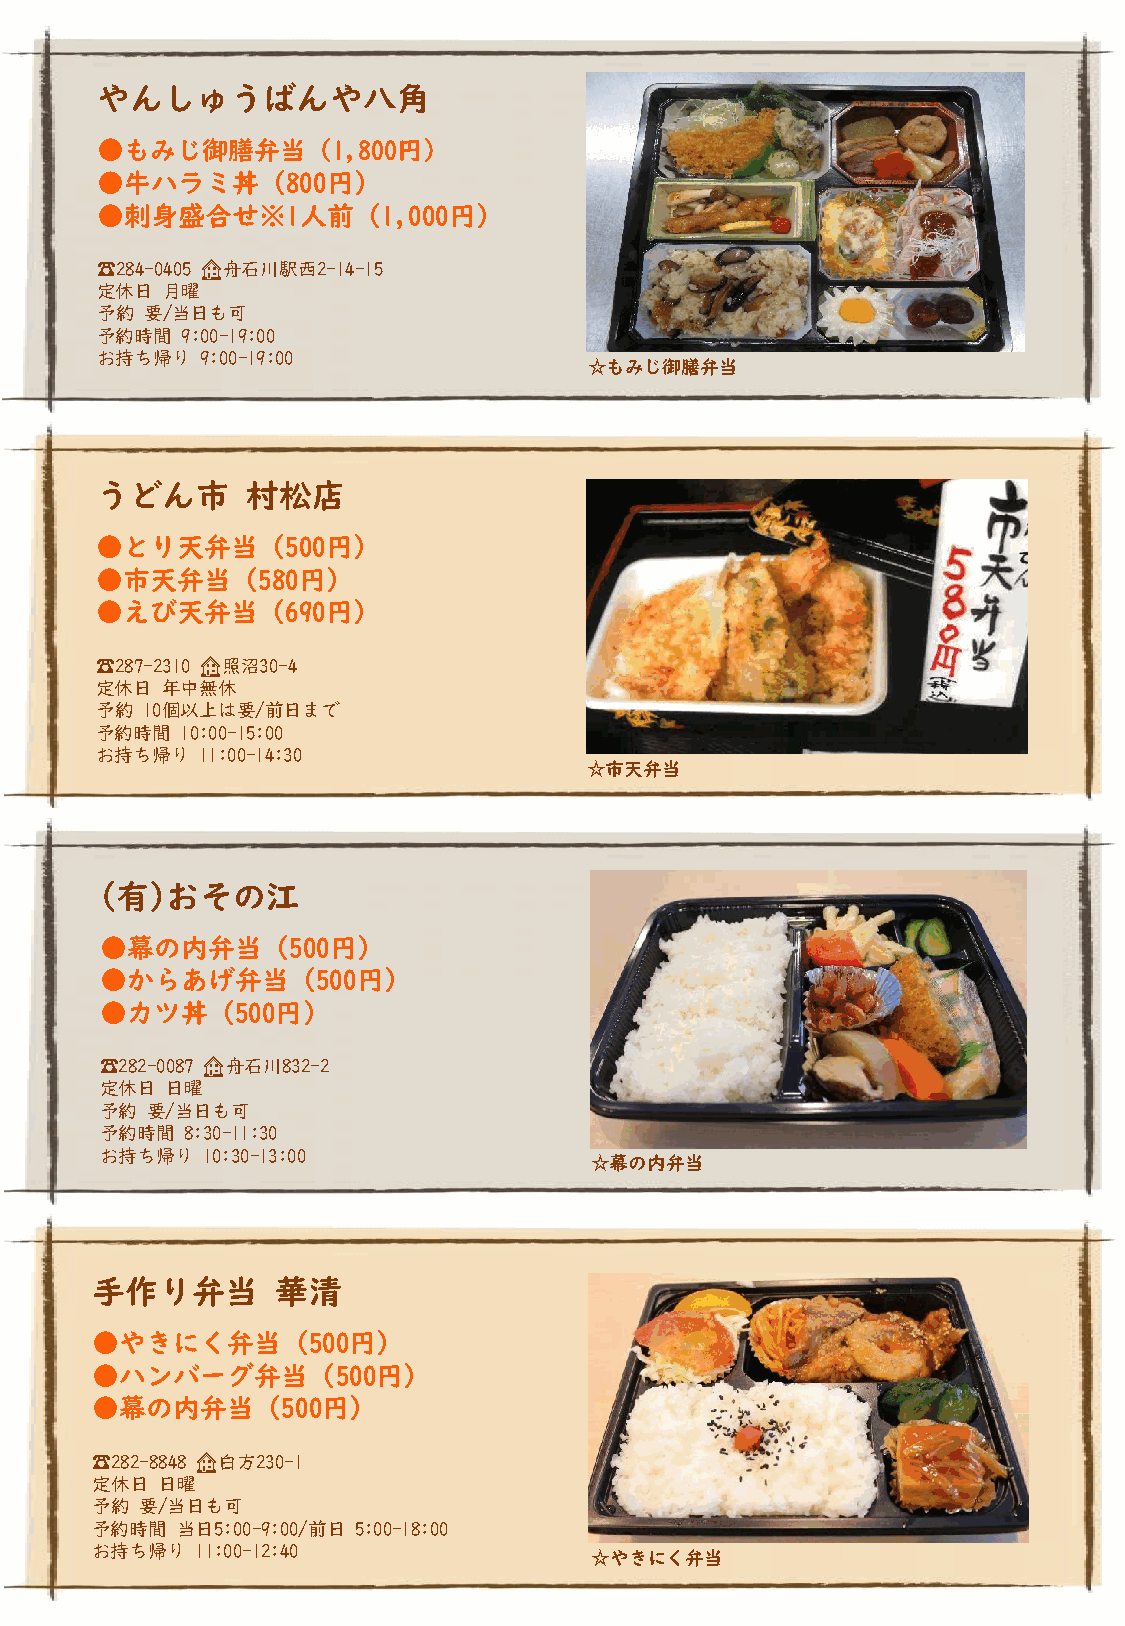
やんしゅうばんや八角
 ●もみじ御膳弁当（1,800円）
 ●牛ハラミ丼（800円）
 ●刺身盛合せ※1人前（1,000円）
 ☎284-0405 🏠舟石川駅西2-14-15
 定休日  月曜
 予約  要/当日も可
 予約時間  9:00-19:00
 お持ち帰り  9:00-19:00
 ☆もみじ御膳弁当
 うどん市      村松店
 ●とり天弁当（500円）
 ●市天弁当（580円）
 ●えび天弁当（690円）
 ☎287-2310 🏠照沼30-4
 定休日  年中無休
 予約 10個以上は要/前日まで
 予約時間  10:00-15:00
 お持ち帰り  11:00-14:30
 ☆市天弁当
 (有)おその江
 ●幕の内弁当（500円）
 ●からあげ弁当（500円）
 ●カツ丼（500円）
 ☎282-0087 🏠舟石川832-2
 定休日 日曜
 予約 要/当日も可
 予約時間 8:30-11:30
 お持ち帰り 10:30-13:00
 ☆幕の内弁当
 手作り弁当       華清
 ●やきにく弁当（500円）
 ●ハンバーグ弁当（500円）
 ●幕の内弁当（500円）
 ☎282-8848 🏠白方230-1
 定休日 日曜
 予約 要/当日も可
 予約時間  当日5:00-9:00/前日 5:00-18:00
 お持ち帰り  11:00-12:40
 ☆やきにく弁当